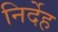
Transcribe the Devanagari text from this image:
निर्देह